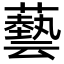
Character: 藝